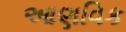
આણવિક